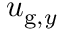
u _ { \mathrm { g } , y }